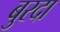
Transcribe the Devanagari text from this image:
बुरदा